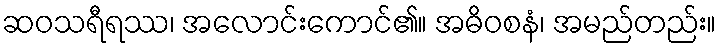
ဆဝသရီရဿ၊ အလောင်းကောင်၏။ အဓိဝစနံ၊ အမည်တည်း။